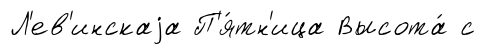
Л'ев'инскаjа П'я́тн'ица Высота́ с